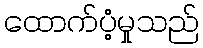
ထောက်ပံ့မှုသည်